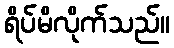
ရိပ်မိလိုက်သည်။